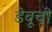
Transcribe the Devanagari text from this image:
डेबूची